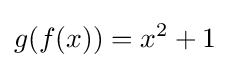
g(f(x))=x^{2}+1